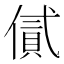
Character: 㒃